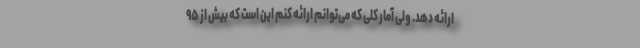
ارائه دهد. ولی آمار کلی که می‌توانم ارائه کنم این است که بیش از ۹۵